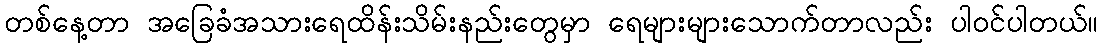
တစ်နေ့တာ အခြေခံအသားရေထိန်းသိမ်းနည်းတွေမှာ ရေများများသောက်တာလည်း ပါဝင်ပါတယ်။